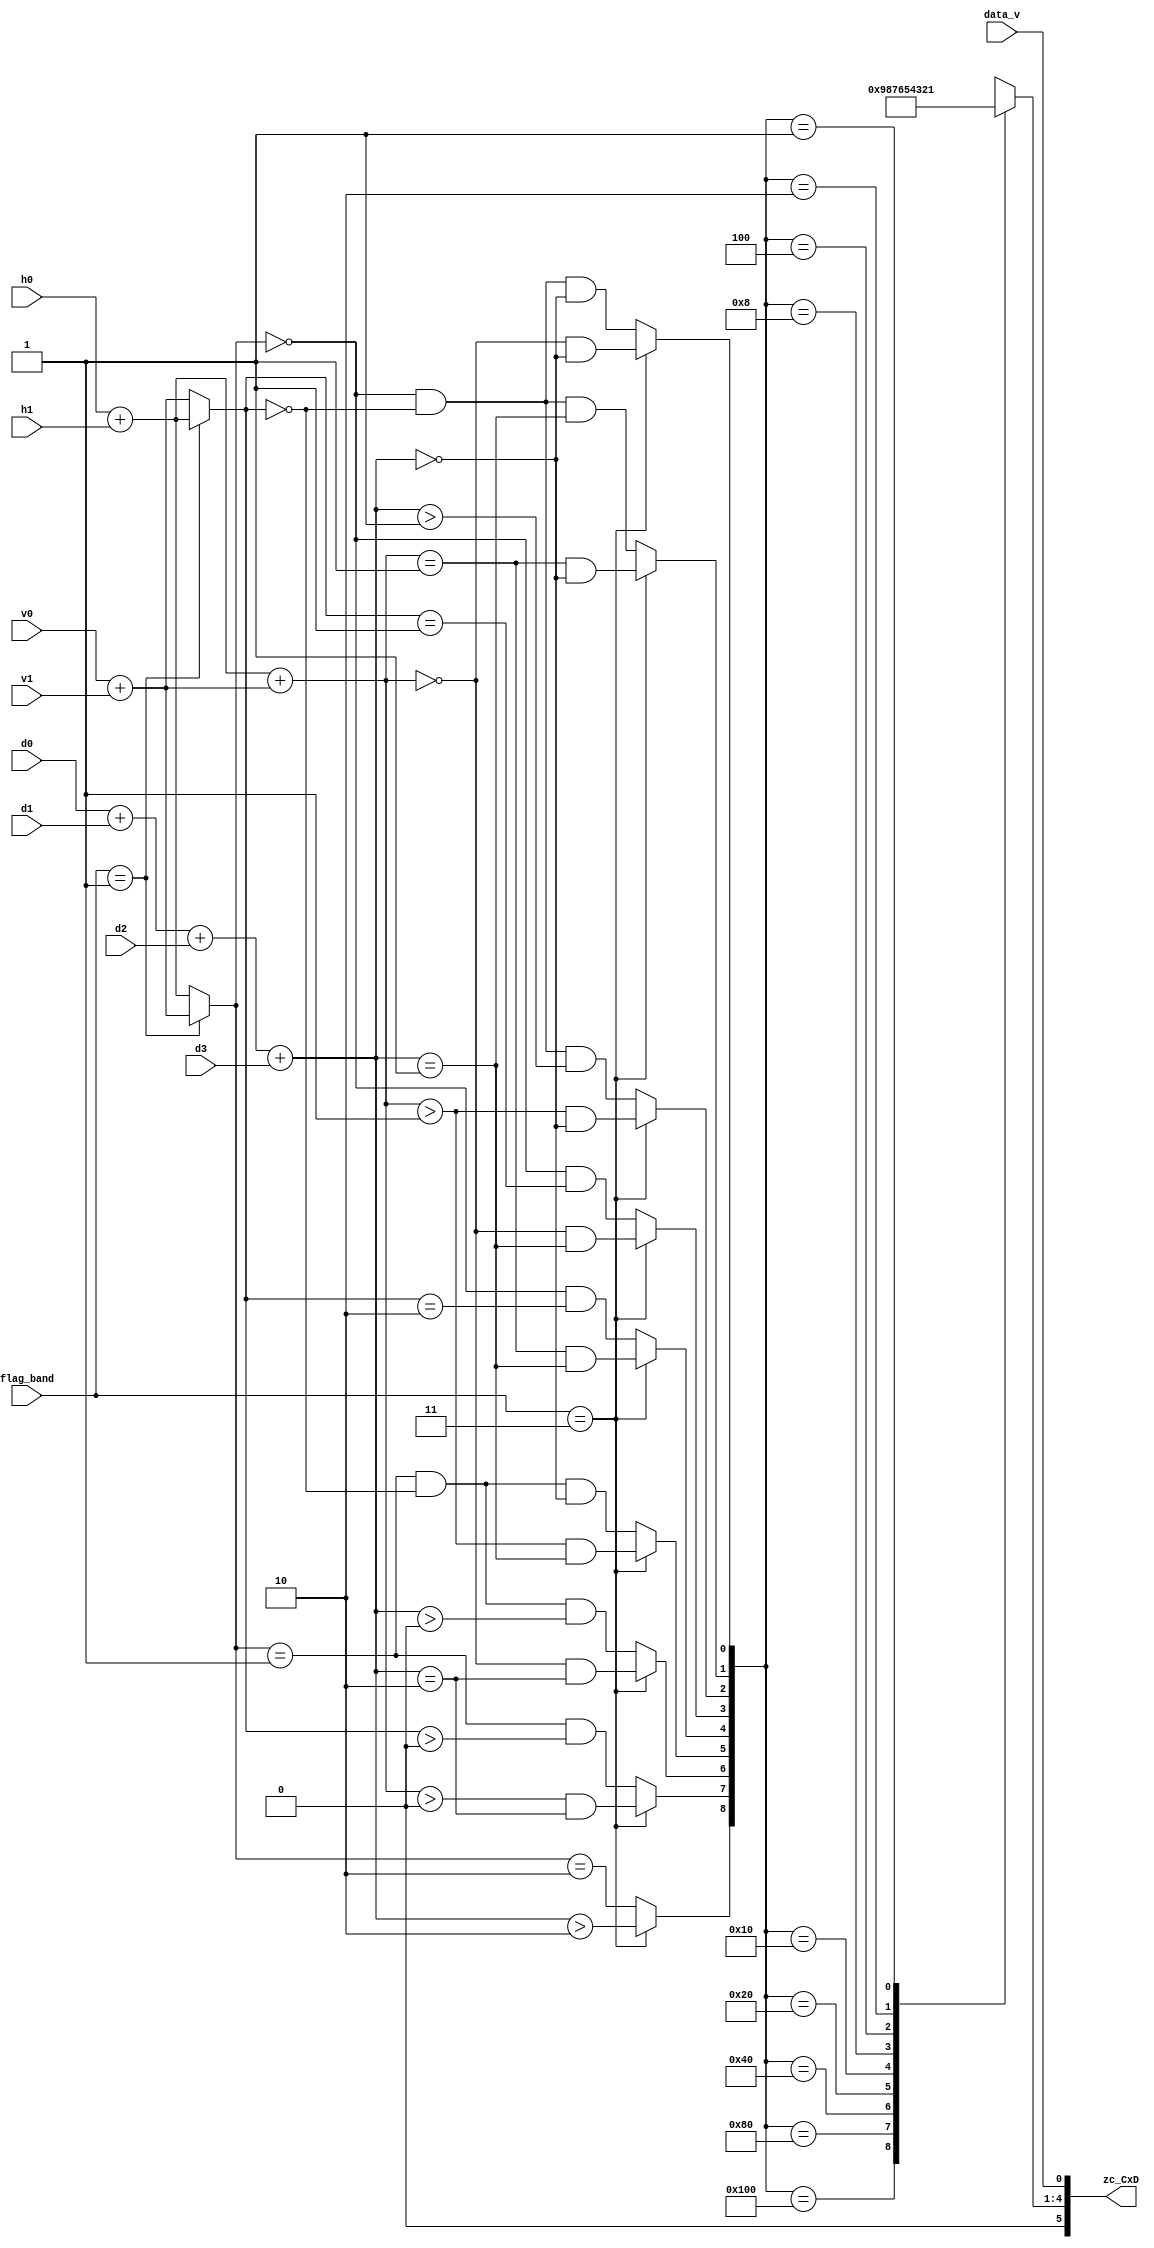
//-----code cell ZC/SC/MRC/RLC

//-----------ZC--------------
//flag_band  0:LL 1:HL 2:LH 3:HH
module ZC(zc_CxD,
          //input
          data_v,
          flag_band,
          h0,h1,
          v0,v1,
          d0,d1,
          d2,d3);

output [5:0]zc_CxD;


input data_v;
input [1:0]flag_band;

input h0,h1,v0,v1,d0,d1,d2,d3;


wire [4:0]CX;
wire [5:0]zc_CxD={CX,data_v};



wire band_eq_1=(flag_band==1);
wire band_eq_3=(flag_band==3);

wire[1:0] h_0=h0+h1;
wire[1:0] v_0=v0+v1;
wire[2:0] diag=d0+d1+d2+d3;

wire[1:0] h=band_eq_1?v_0:h_0;
wire[1:0] v=band_eq_1?h_0:v_0;
wire[2:0] h_add_v=h_0+v_0;

wire CX_9=band_eq_3?(diag>2):(h==2);
wire CX_8=band_eq_3?((h_add_v>0)&&(diag==2)):((h==1)&&(v>0));
wire CX_7=band_eq_3?((h_add_v==0)&&(diag==2)):((h==1)&&(v==0)&&(diag>0));
wire CX_6=band_eq_3?((h_add_v>1)&&(diag==1)):((h==1)&&(v==0)&&(diag==0));
wire CX_5=band_eq_3?((h_add_v==1)&&(diag==1)):((h==0)&&(v==2));
wire CX_4=band_eq_3?((h_add_v==0)&&(diag==1)):((h==0)&&(v==1));
wire CX_3=band_eq_3?((h_add_v>1)&&(diag==0)):((h==0)&&(v==0)&&(diag>1));
wire CX_2=band_eq_3?((h_add_v==1)&&(diag==0)):((h==0)&&(v==0)&&(diag==1));
wire CX_1=band_eq_3?((h_add_v==0)&&(diag==0)):((h==0)&&(v==0)&&(diag==0));

reg [3:0]CX_reg;
assign CX={1'b0,CX_reg};

//always @(CX_9 or CX_8 or CX_7 or CX_6 or CX_5 or CX_4 or CX_3 or CX_2 or CX_1)
always@(*)
  case({CX_9,CX_8,CX_7,CX_6,CX_5,CX_4,CX_3,CX_2,CX_1})
    9'b1_0000_0000:CX_reg=4'b1001;
    9'b0_1000_0000:CX_reg=4'b1000;
    9'b0_0100_0000:CX_reg=4'b0111;
    9'b0_0010_0000:CX_reg=4'b0110;
    9'b0_0001_0000:CX_reg=4'b0101;
    9'b0_0000_1000:CX_reg=4'b0100;
    9'b0_0000_0100:CX_reg=4'b0011;
    9'b0_0000_0010:CX_reg=4'b0010;
    9'b0_0000_0001:CX_reg=4'b0001;
    default:CX_reg=4'bxxxx;
  endcase

endmodule



//-------------SC-------------
module SC(sc_CxD,
          //input
          data_x,
          h0,h1,
          v0,v1,
          sign_h0,
          sign_h1,
          sign_v0,
          sign_v1);


output [5:0]sc_CxD;


input data_x;

input h0,h1,v0,v1;
input sign_h0,sign_h1,sign_v0,sign_v1;

reg [4:0]CX;
wire D;
wire [5:0]sc_CxD={CX,D};


reg [1:0]hc;

//always @(h0,sign_h0,h1,sign_h1)
always@(*)
  casez({h0,sign_h0,h1,sign_h1})
    4'b1010,
    4'b0?10,
    4'b100?:hc=2'b01;
    4'b1110,
    4'b1011,
    4'b0?0?:hc=2'b00;
    4'b1111,
    4'b0?11,
    4'b110?:hc=2'b11;
  endcase

reg [1:0]vc;

//always @(v0,sign_v0,v1,sign_v1)
always@(*)
  casez({v0,sign_v0,v1,sign_v1})
    4'b1010,
    4'b0?10,
    4'b100?:vc=2'b01;
    4'b1110,
    4'b1011,
    4'b0?0?:vc=2'b00;
    4'b1111,
    4'b0?11,
    4'b110?:vc=2'b11;
  endcase



reg XOR;
//always @(hc,vc)
always@(*)
  case({hc,vc})
    4'b0101:begin
              CX=5'b10001;
              XOR=1'b0;
            end
    4'b0100:begin
              CX=5'b10000;
              XOR=1'b0;
            end
    4'b0111:begin
              CX=5'b01111;
              XOR=1'b0;
            end
    4'b0001:begin
              CX=5'b01110;
              XOR=1'b0;
            end
    4'b0000:begin
              CX=5'b01101;
              XOR=1'b0;
            end        
    4'b0011:begin
              CX=5'b01110;
              XOR=1'b1;
            end   
    4'b1101:begin
              CX=5'b01111;
              XOR=1'b1;
            end        
    4'b1100:begin
              CX=5'b10000;
              XOR=1'b1;
            end         
    4'b1111:begin
              CX=5'b10001;
              XOR=1'b1;
            end 
    default:begin
              CX=5'bxxxxx;
              XOR=1'bx;
            end             
  endcase



assign D=data_x^XOR;

endmodule




//-----------MRC----------------
module MRC(mrc_CxD,
           //input
           data_v,
           data_mrc_first,
           h0,h1,
           v0,v1,
           d0,d1,
           d2,d3);


output [5:0]mrc_CxD;


input data_v;
input data_mrc_first;

input h0,h1,v0,v1,d0,d1,d2,d3;

wire [4:0]CX; 
wire [5:0]mrc_CxD={CX,data_v};


wire data_mrc_first_bar=~data_mrc_first;
wire hvd=(h0|h1)|(v0|v1)|(d0|d1)|(d2|d3);

assign CX={2'b01,data_mrc_first_bar,data_mrc_first,data_mrc_first&hvd};
endmodule

//-------------RLC------------------
module RLC(rlc_CxD,
           u0_CxD,
           u1_CxD,
           rlc_ac,
           u01_ac,
           //input
           data_v0,
           data_v1,
           data_v2,
           data_v3,
           cp_ac0,cp_ac1,cp_ac2,cp_ac3,
           v0,v1,
           d0,d1,d2,d3,
           h0,h1,h2,h3,
           h4,h5,h6,h7);
  output [5:0]rlc_CxD,u0_CxD,u1_CxD;
  output rlc_ac,u01_ac;
  
  input data_v0,data_v1,data_v2,data_v3;
  input cp_ac0,cp_ac1,cp_ac2,cp_ac3;
  input v0,v1;
  input d0,d1,d2,d3;
  input h0,h1,h2,h3,h4,h5,h6,h7;
  
  wire [4:0]rlc_CX,u_CX;
  reg rlc_D,u0_D,u1_D;
  wire [5:0]rlc_CxD={rlc_CX,rlc_D};
  wire [5:0]u0_CxD={u_CX,u0_D};
  wire [5:0]u1_CxD={u_CX,u1_D};
  
  wire data_all0s=~((data_v0|data_v1)|(data_v2|data_v3));
  wire rlc_ac=(cp_ac0&cp_ac1&cp_ac2&cp_ac3)&( ~((d0|d1|d2|d3)|(h0|h1|h2|h3)|(h4|h5|h6|h7)|(v0|v1)) );
  wire u01_ac=rlc_ac & (~data_all0s);
  
  assign rlc_CX=0;
  assign u_CX=18;
  //always @(data_v0,data_v1,data_v2,data_v3)
  always@(*)
    begin
      
      rlc_D=0;u0_D=0;u1_D=0;
      if(data_v0)
        rlc_D=1;
      else if(data_v1)
        begin
          rlc_D=1;
          u1_D=1;
        end
      else if(data_v2)
        begin
          rlc_D=1;
          u0_D=1;
        end
      else if(data_v3)
        begin
          rlc_D=1;
          u0_D=1;
          u1_D=1;
        end
    
    end
  
  endmodule